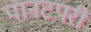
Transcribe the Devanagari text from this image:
पानटपरी